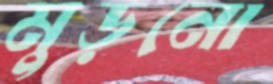
মুড়নো